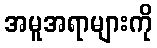
အမူအရာများကို